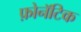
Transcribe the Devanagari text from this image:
फ़ोनॅटिक